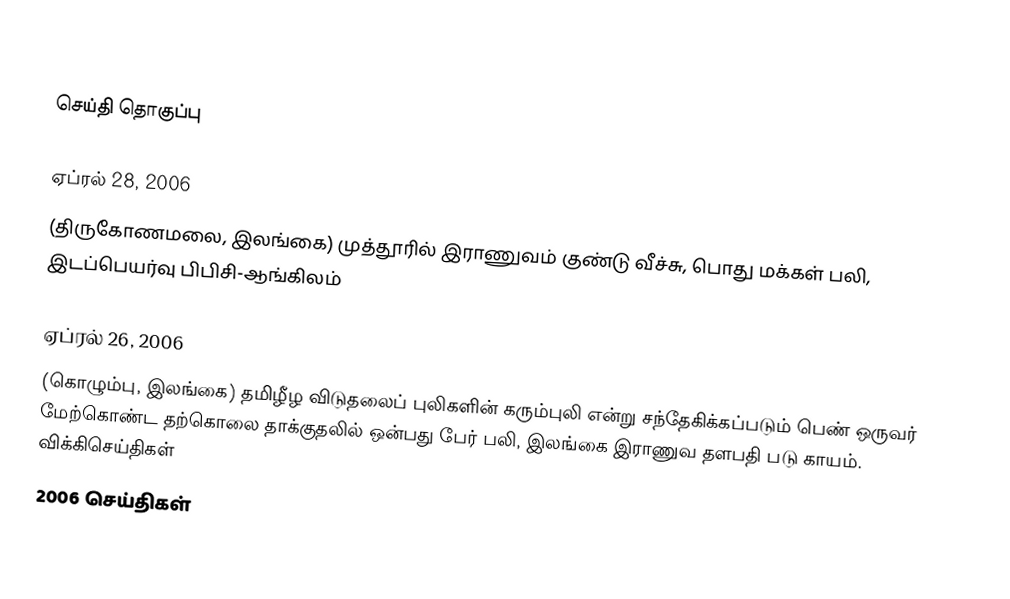

செய்தி தொகுப்பு

ஏப்ரல் 28, 2006
 (திருகோணமலை, இலங்கை) முத்தூரில் இராணுவம் குண்டு வீச்சு, பொது மக்கள் பலி, இடப்பெயர்வு  பிபிசி-ஆங்கிலம்

ஏப்ரல் 26, 2006
 (கொழும்பு, இலங்கை) தமிழீழ விடுதலைப் புலிகளின் கரும்புலி என்று சந்தேகிக்கப்படும் பெண் ஒருவர் மேற்கொண்ட தற்கொலை தாக்குதலில் ஒன்பது பேர் பலி, இலங்கை இராணுவ தளபதி படு காயம்.  விக்கிசெய்திகள்
2006 செய்திகள்